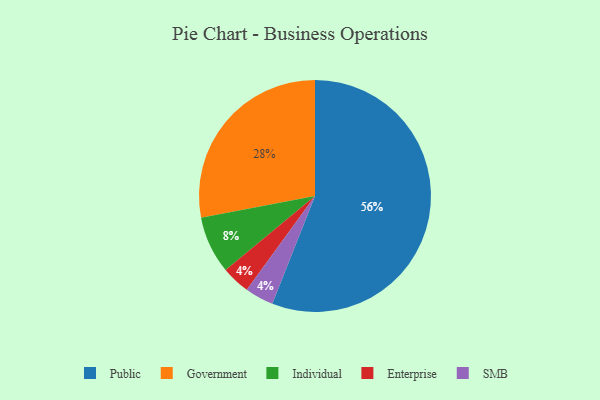
{"axis": {"x": "Category", "y": "Percentage"}, "legend": ["Enterprise", "Government", "Individual", "Public", "SMB"], "data": [{"x": "Individual", "y": 8, "type": "Individual"}, {"x": "Public", "y": 56, "type": "Public"}, {"x": "Enterprise", "y": 4, "type": "Enterprise"}, {"x": "Government", "y": 28, "type": "Government"}, {"x": "SMB", "y": 4, "type": "SMB"}]}